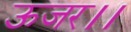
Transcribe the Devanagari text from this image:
ऊजर।।